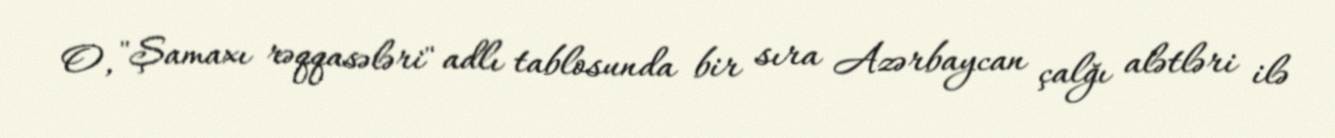
O, "Şamaxı rəqqasələri" adlı tablosunda bir sıra Azərbaycan çalğı alətləri ilə